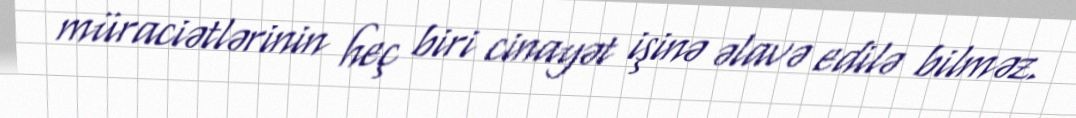
müraciətlərinin heç biri cinayət işinə əlavə edilə bilməz.